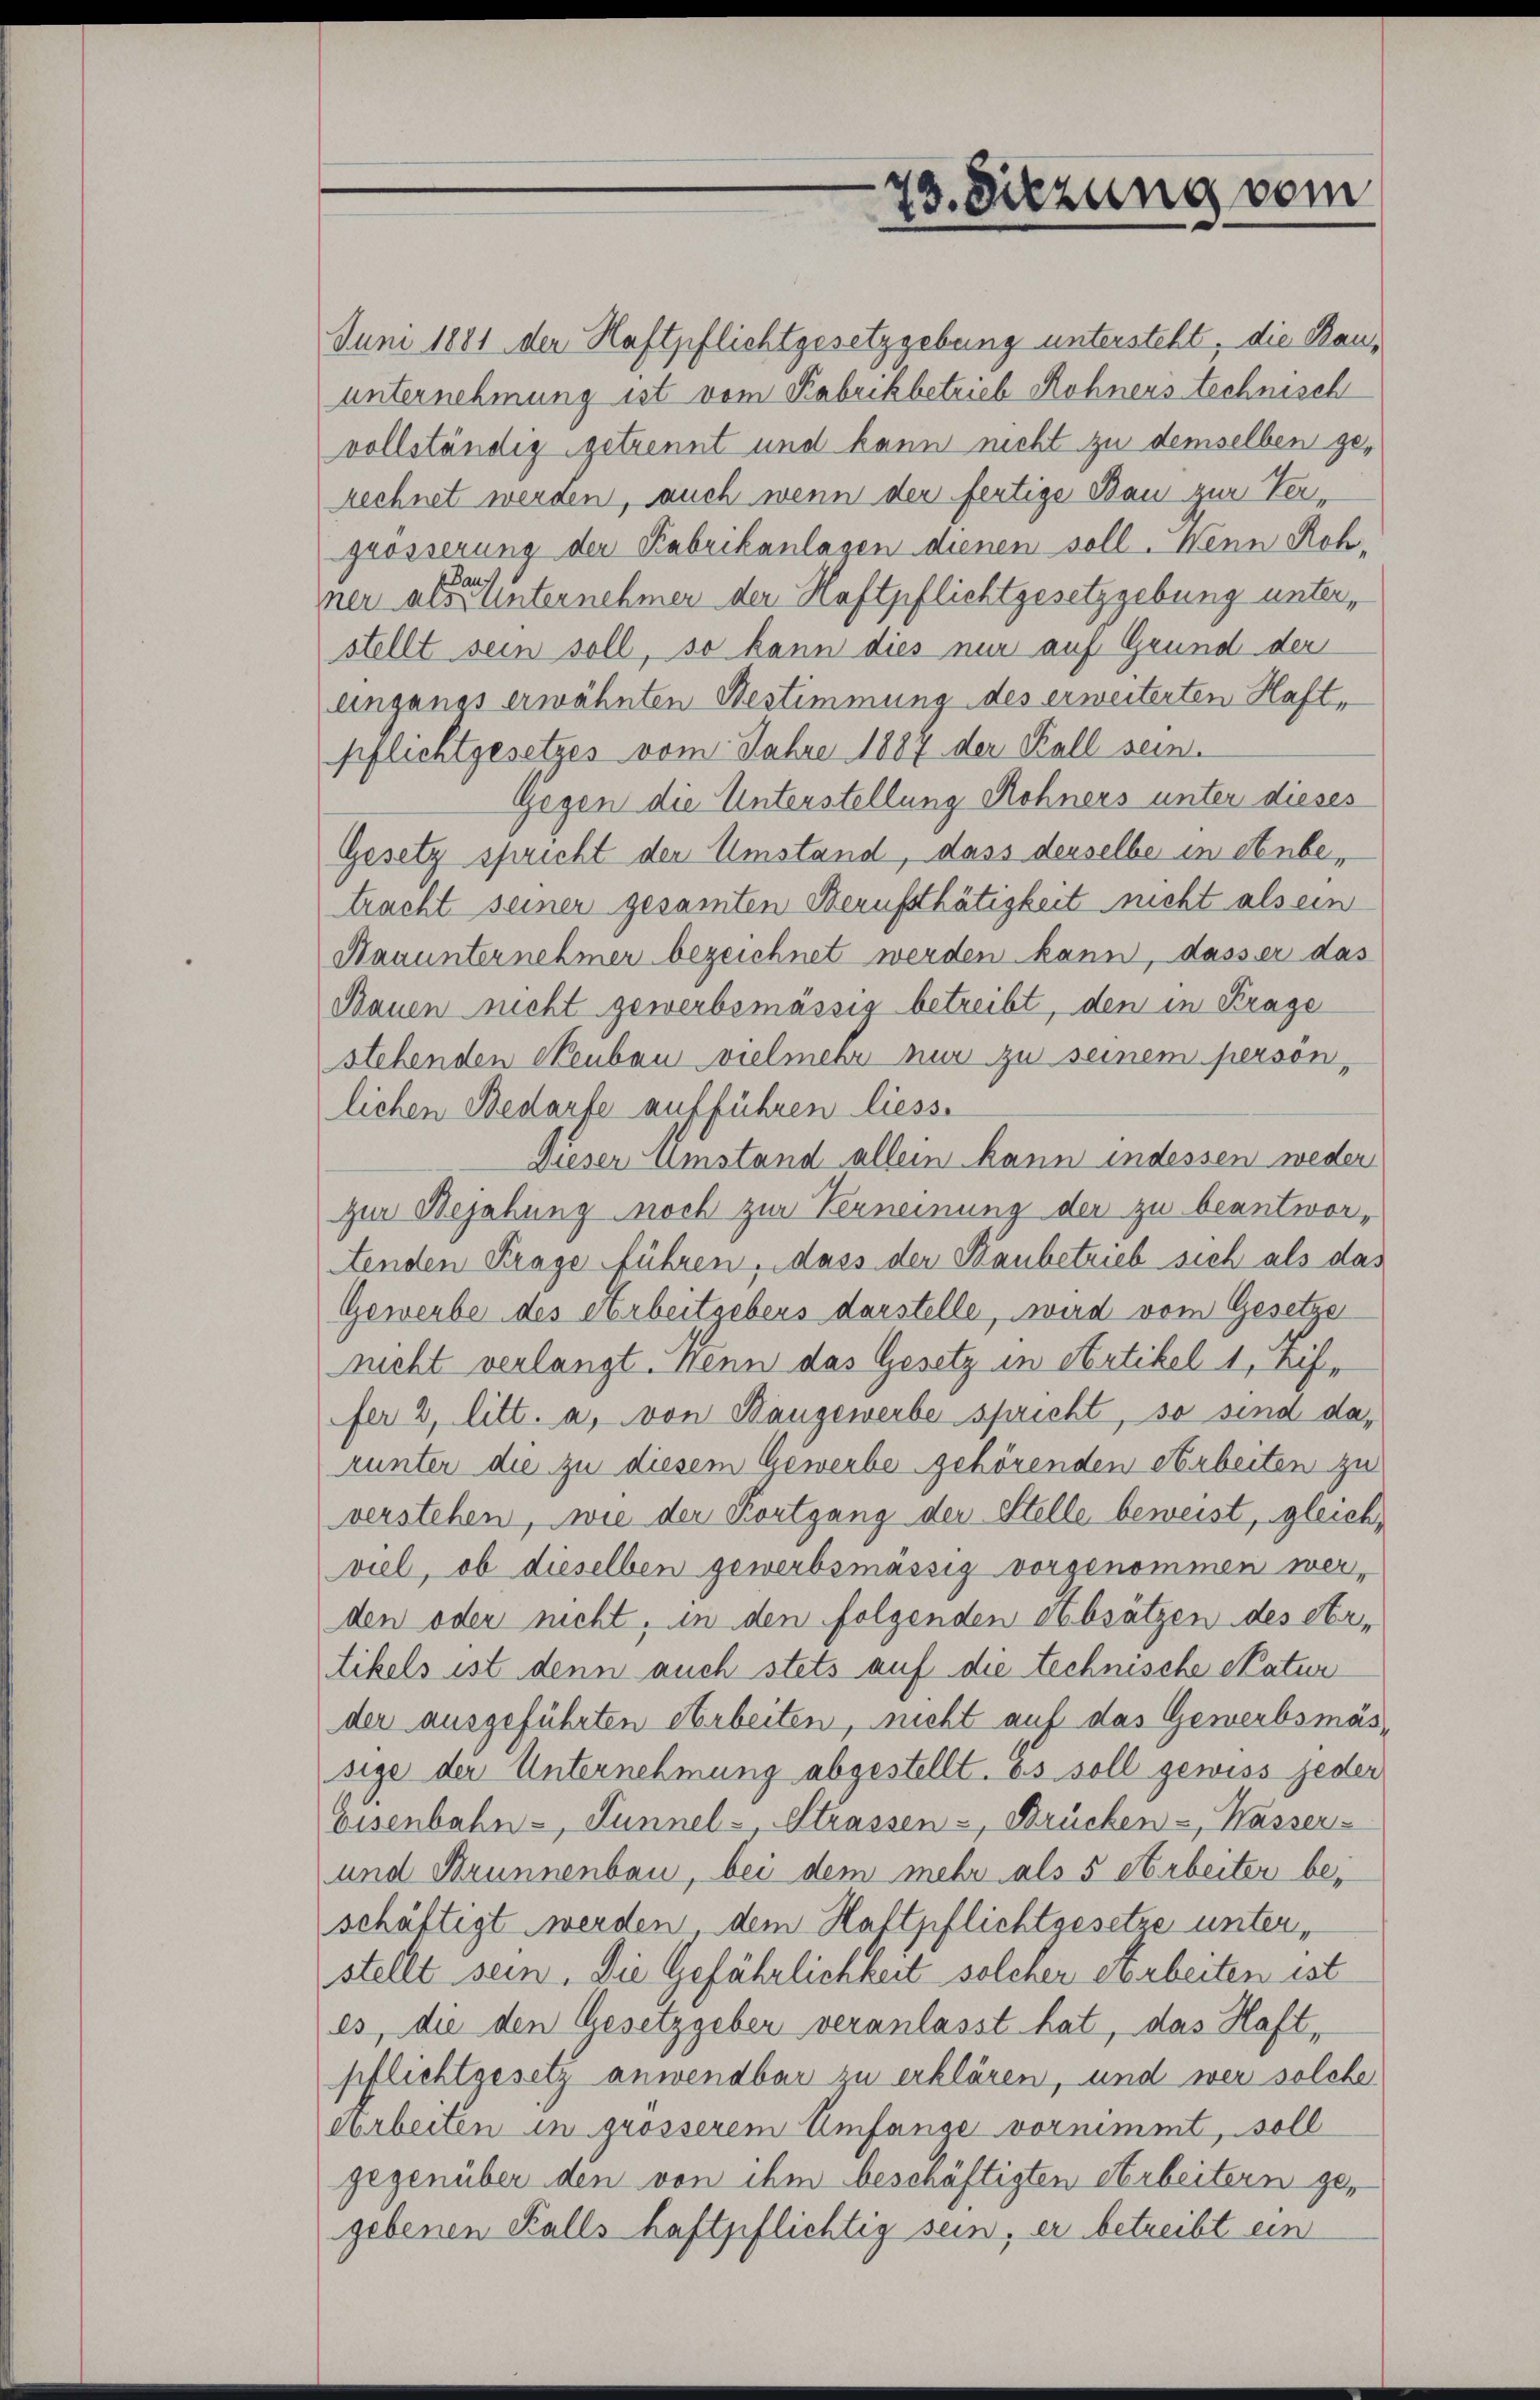
73. Sitzung vom

Juni 1881 der Haftpflichtgesetzgebung untersteht, die Bauunternehmung ist vom Rabrikbetrieb Rohners technisch
vollständig getrennt und kann nicht zu demselben gerechnet werden, auch wenn der fertige Bau zur Vergrösserung der Fabrikanlagen dienen soll. Wenn Rohauf
ner als unternehmen der Haftpflichtgesetzgebung unterstellt sein soll, so kann dies nur auf Grund der
angangs erwähnten Bestimmung des erweiterten Haft-
pflichtgesetzes vom Jahre 1887 der Kall sein.
Gegen die Unterstellung Rohners unter dieses
Gesetz spricht der Umstand, dass derselbe in Anbetracht seiner gesamten Berufsthätigkeit nicht als ein
Hauunternehmer bezeichnet werden kann, dass er das
Bauen nicht gewerbsmässig betreibt, den in Frage
stehenden Neubau vielmehr nur zu seinem persön-
lichen Bedarfe aufführen liess.
Dieser Umstand allein kann indessen weder
zur Bejahung noch zur Verneinung der zu beantwortenden Frage führen, dass der Kaubetrieb sich als das
Gewerbe des Arbeitgebers darstelle, wird vom Gesetze
nicht verlangt. Menn das Gesetz in Artikel 1, Ziffer 2, litt. a, von Bangewerbe spricht, so sind darunter die zu diesem Gewerbe gehörenden Arbeiten zu
verstehen, wie der Kortgang der Stelle beweist, gleichviel, ob dieselben gewerbsmässig vorgenommen werden oder nicht, in den folgenden Absätzen des Artikels ist denn auch stets auf die technische Natur
der ausgeführten Arbeiten, nicht auf das Gewerbsmässige der Unternehmung abgestellt. Es soll gewiss jeder
Eisenbahn-, Lunnel-Strassen -, Brücken - Wasser-
und Brunnenbau, bei dem mehr als 5 Arbeiter bei
schäftigt werden, dem Haftpflichtgesetze unterstellt sein. Die Gefährlichkeit solcher darbeiten ist
es, die den Gesetzgeben veranlasst hat, das Haft-
pflichtgesetz anwendbar zu erklären, und wer solche
aarbeiten in grösserem Umfange vornimmt, soll
gegenüber den von ihm beschäftigten Arbeitern ge-
gebenen Kalls haftpflichtig sein, er betreibt ein